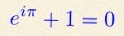
e^{i\pi}+1=0